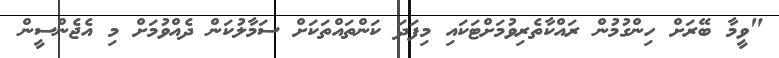
"ވީމާ ބޭރަށް ހިންގުމުން ރައްކާތެރިވުމަށްޓަކައި މިފަދަ ކަންތައްތަކަށް ސަމާލުކަން ދެއްވުމަށް މި އެޖެންސީން